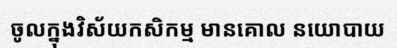
ចូលក្នុងវិស័យកសិកម្ម មានគោល នយោបាយ